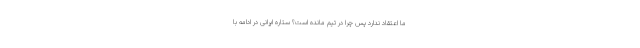
ما اعتقاد ندارد پس چرا در تیم مانده است؟ ستاره ایرانی در ادامه با